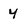
Character: 4